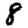
Digit: 8